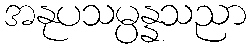
အနုပသမ္ပန္နသညာ